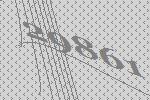
29861